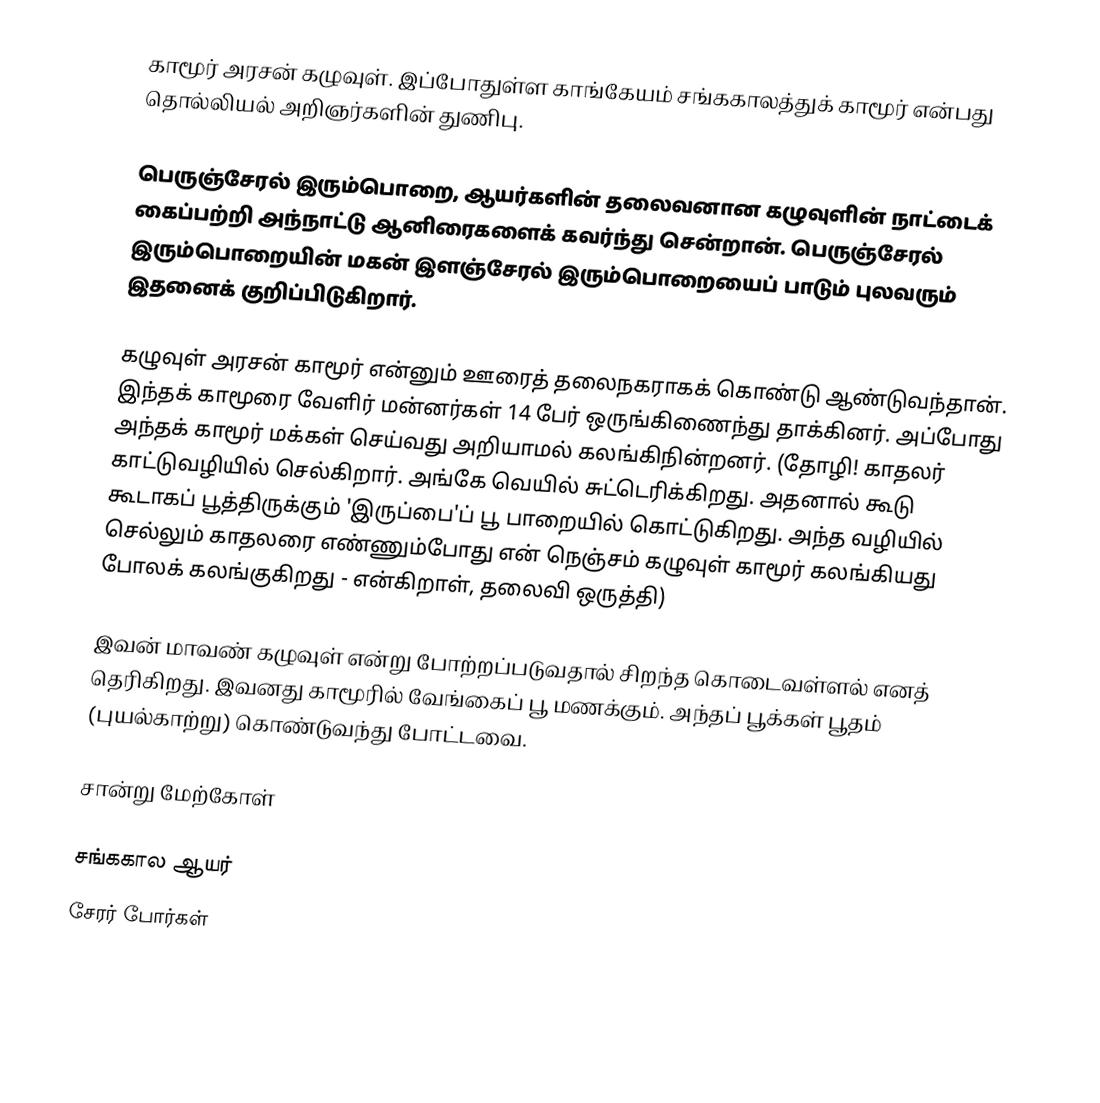
காமூர் அரசன் கழுவுள். இப்போதுள்ள காங்கேயம் சங்ககாலத்துக் காமூர் என்பது தொல்லியல் அறிஞர்களின் துணிபு.

பெருஞ்சேரல் இரும்பொறை, ஆயர்களின் தலைவனான கழுவுளின் நாட்டைக் கைப்பற்றி அந்நாட்டு ஆனிரைகளைக் கவர்ந்து சென்றான். பெருஞ்சேரல் இரும்பொறையின் மகன் இளஞ்சேரல் இரும்பொறையைப் பாடும் புலவரும் இதனைக் குறிப்பிடுகிறார்.

கழுவுள் அரசன் காமூர் என்னும் ஊரைத் தலைநகராகக் கொண்டு ஆண்டுவந்தான். இந்தக் காமூரை வேளிர் மன்னர்கள் 14 பேர் ஒருங்கிணைந்து தாக்கினர். அப்போது அந்தக் காமூர் மக்கள் செய்வது அறியாமல் கலங்கிநின்றனர். (தோழி! காதலர் காட்டுவழியில் செல்கிறார். அங்கே வெயில் சுட்டெரிக்கிறது. அதனால் கூடு கூடாகப் பூத்திருக்கும் 'இருப்பை'ப் பூ பாறையில் கொட்டுகிறது. அந்த வழியில் செல்லும் காதலரை எண்ணும்போது என் நெஞ்சம் கழுவுள் காமூர் கலங்கியது போலக் கலங்குகிறது - என்கிறாள், தலைவி ஒருத்தி)

இவன் மாவண் கழுவுள் என்று போற்றப்படுவதால் சிறந்த கொடைவள்ளல் எனத் தெரிகிறது. இவனது காமூரில் வேங்கைப் பூ மணக்கும். அந்தப் பூக்கள் பூதம் (புயல்காற்று) கொண்டுவந்து போட்டவை.

சான்று மேற்கோள்

சங்ககால ஆயர்
சேரர் போர்கள்